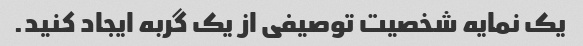
یک نمایه شخصیت توصیفی از یک گربه ایجاد کنید.